Annual administration report of the Civil Veterinary Department of India - 1894-1895
Year: 1894
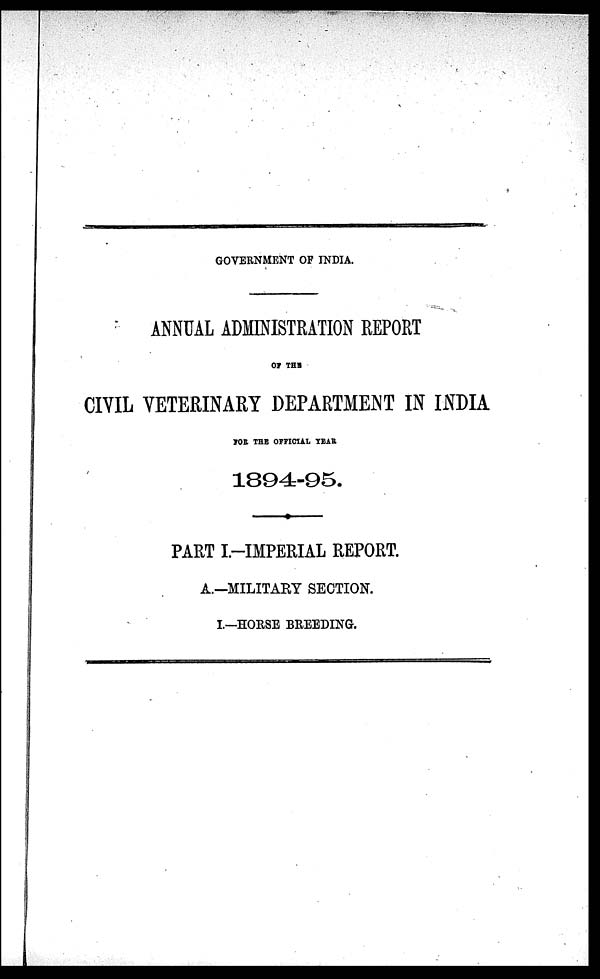
GOVERNMENT OF INDIA.
ANNUAL ADMINISTRATION REPORT
OF THE
CIVIL VETERINARY DEPARTMENT IN INDIA
FOR THE OFFICIAL YEAR
1894-95.
PART I.-IMPERIAL REPORT.
A.—MILITARY SECTION.
I.—HORSE BREEDING.